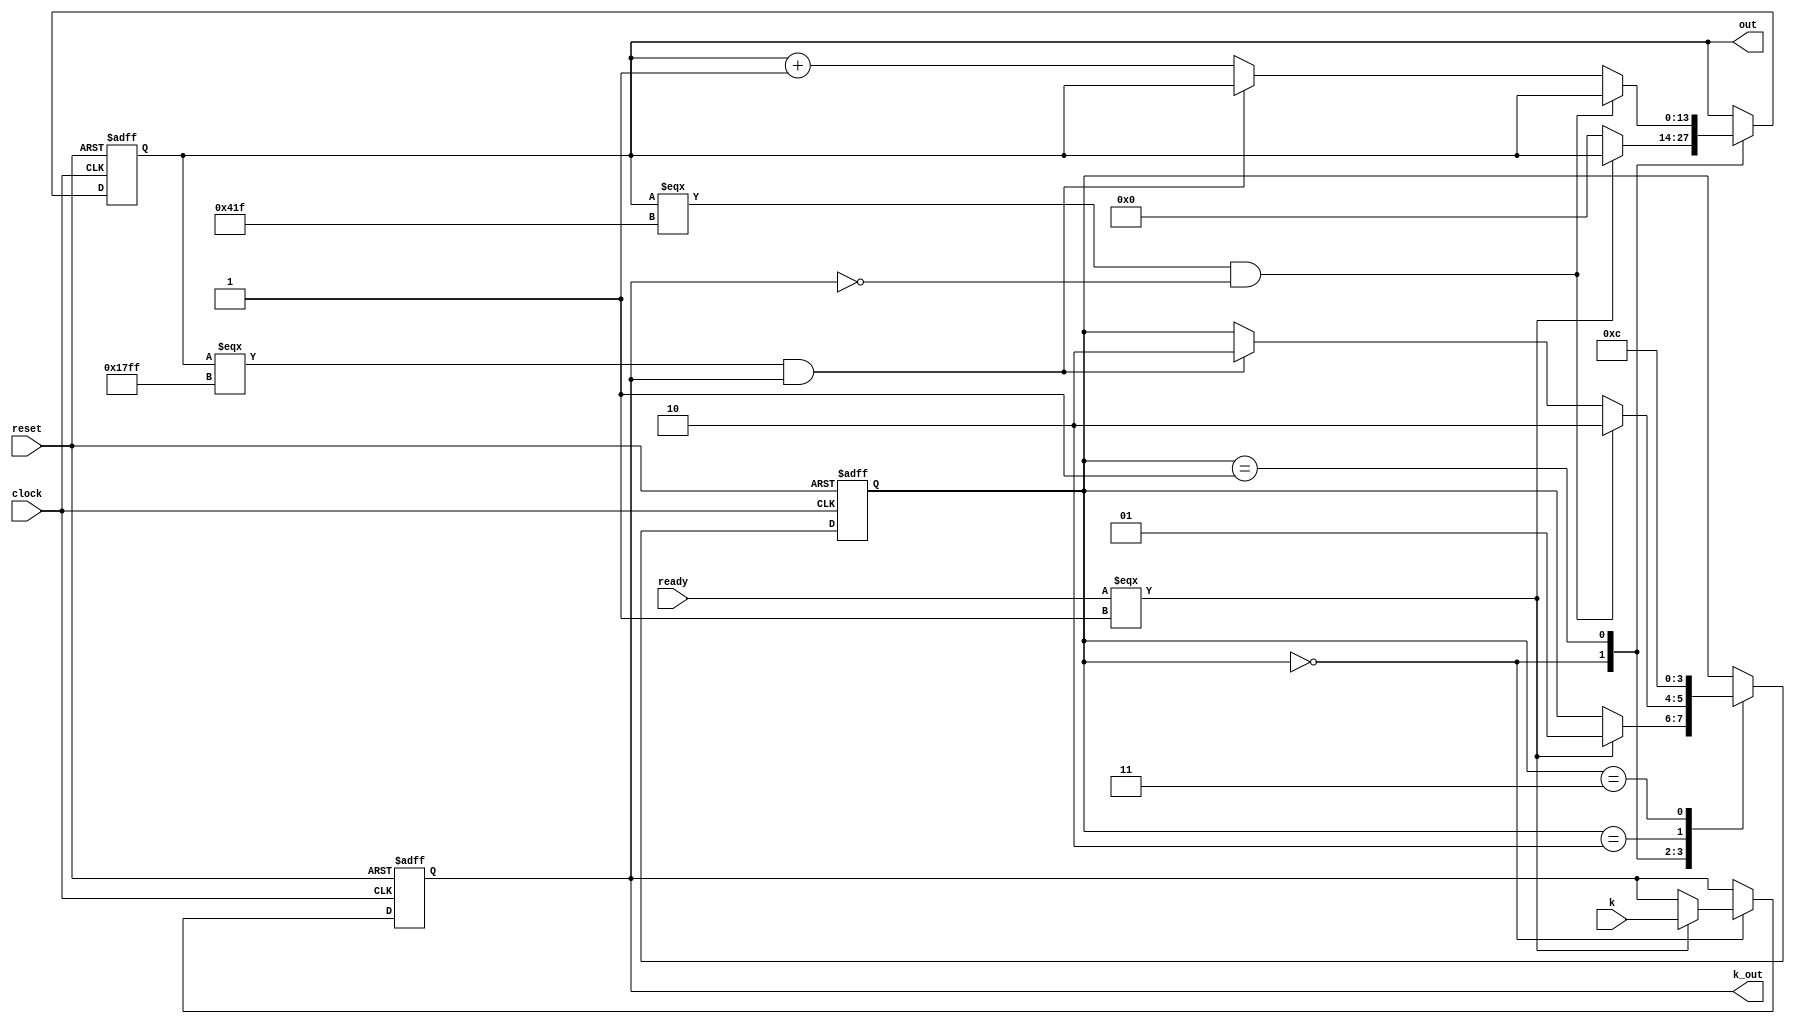
module ind_gen(
	input  clock,
	input  k,//keq6144
	input  ready,
	input  reset,
	output  [13:0] out,
	output  k_out
);

//proc_comp to be added can be asserted for up to 2 cycles and maybe just one cycle

	reg [13:0] cnt;
	reg [1:0] state;
	reg kout;

	assign out = cnt;
	assign k_out = kout;

	initial begin
		cnt<= 13'd0;
		state<=2'd0;
		kout<=1'b0;
	end // init

	//use counter to get ind
	// negedge ready or 
	always @ (posedge reset or posedge clock)
	begin
		if(reset) begin//===1'b1||ready===1'b0)
			cnt <= 13'd0;
			state<=2'd0;
			kout<=1'b0;
		end

		else begin//FSM
			casex(state) 
				2'd0: begin: waiting
					if (ready===1'b1) begin
						state<=2'd1;
						kout<=k;
					end
					else begin
					//it's not resetting
						cnt <= 13'd0;
						//kout<=1'b0;
						//proc_comp<=1'b0;
					end
				end
				2'd1: begin: counting
					if(cnt === 13'd1055 & !kout) begin
						cnt <= cnt;
						state<=2'd2;					
					end
					else if(cnt === 13'd6143 & kout) begin 
						cnt <= cnt;
						state<=2'd2;
					end 
			
					else begin 
						cnt <= cnt + 1'd1;
					end
				end
				2'd2: begin: completed1
					state<=2'd3;
					//proc_comp<=1'b1;
				end
				2'd3: begin: completed2
					state<=2'd0;
					//proc_comp<=1'b1;
				end
			endcase
		end
	end


endmodule